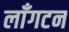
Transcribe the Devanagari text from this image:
लाँगटन